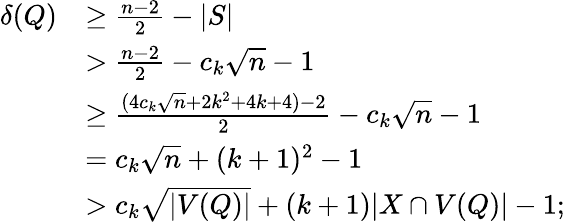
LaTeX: \begin{array}{rl}{\delta(Q)}&{\geq\frac{n-2}{2}-|S|}\\ &{>\frac{n-2}{2}-c_{k}\sqrt{n}-1}\\ &{\geq\frac{(4c_{k}\sqrt{n}+2k^{2}+4k+4)-2}{2}-c_{k}\sqrt{n}-1}\\ &{=c_{k}\sqrt{n}+(k+1)^{2}-1}\\ &{>c_{k}\sqrt{|V(Q)|}+(k+1)|X\cap V(Q)|-1;}\end{array}